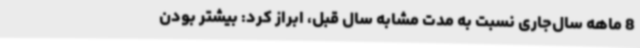
8 ماهه سال‌جاری نسبت به مدت مشابه سال قبل، ابراز کرد: بیشتر بودن